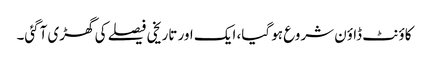
کاؤنٹ ڈاؤن شروع ہو گیا، ایک اور تاریخی فیصلے کی گھڑی آگئی۔